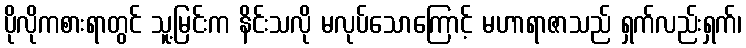
ပိုလိုကစားရာတွင် သူ့မြင်းက နိင်းသလို မလုပ်သောကြောင့် မဟာရာဇာသည် ရှက်လည်းရှက်၊